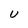
Character: U